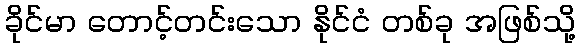
ခိုင်မာ တောင့်တင်းသော နိုင်ငံ တစ်ခု အဖြစ်သို့